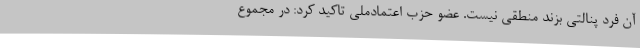
آن فرد پنالتی بزند منطقی نیست. عضو حزب اعتمادملى تاکید کرد: در مجموع